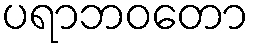
ပရာဘဝတော